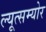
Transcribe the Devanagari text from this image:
ल्यूत्सम्योर